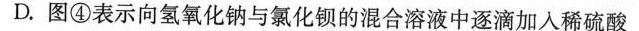
D.图④表示向氢氧化钠与氯化钡的混合溶液中逐滴加入稀硫酸